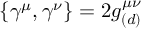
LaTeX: \{ \gamma ^ { \mu } , \gamma ^ { \nu } \} = 2 g _ { ( d ) } ^ { \mu \nu }